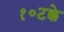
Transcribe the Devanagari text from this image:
१०टक्के